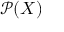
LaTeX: { \mathcal { P } } ( X )